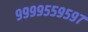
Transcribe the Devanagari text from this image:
९९९९५५९५९७